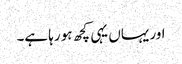
اور یہاں یہی کچھ ہو رہا ہے۔